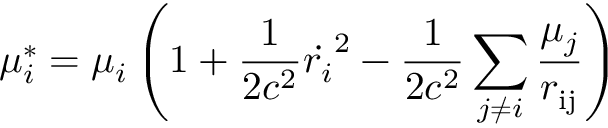
\mu _ { i } ^ { * } = \mu _ { i } \left( 1 + \frac { 1 } { 2 c ^ { 2 } } \dot { r _ { i } } ^ { 2 } - \frac { 1 } { 2 c ^ { 2 } } \sum _ { j \neq i } \frac { \mu _ { j } } { r _ { \mathrm { i j } } } \right)